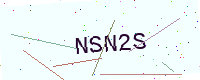
Text: NSN2S